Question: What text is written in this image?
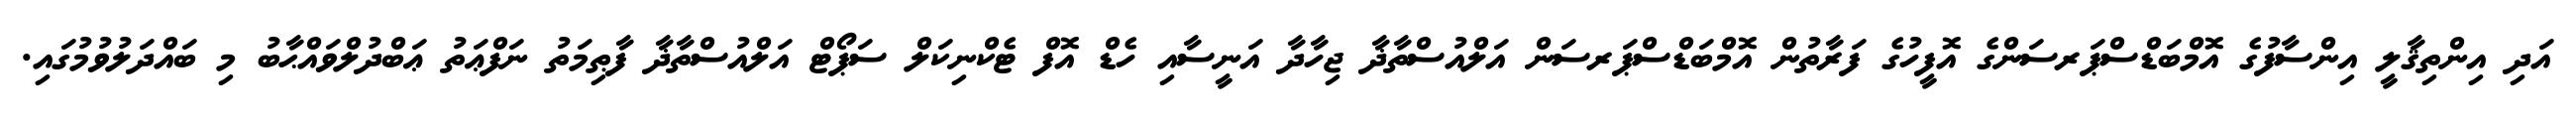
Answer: އަދި އިންތިޤާލީ އިންސާފުގެ އޮމްބަޑްސްޕަރސަންގެ އޮފީހުގެ ފަރާތުން އޮމްބަޑްސްޕަރސަން އަލްއުސްތާޛާ ޖިހާދާ އަނީސާއި ހެޑް އޮފް ޓެކްނިކަލް ސަޕޯޓް އަލްއުސްތާޛާ ފާޠިމަތު ނަފްޢަތު ޢަބްދުލްވައްޙާބު މި ބައްދަލުވުމުގައި.